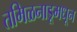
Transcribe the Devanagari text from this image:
तमिळनाडूमधून